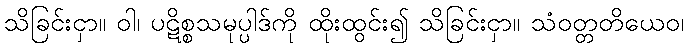
သိခြင်းငှာ။ ဝါ၊ ပဋိစ္စသမုပ္ပါဒ်ကို ထိုးထွင်း၍ သိခြင်းငှာ။ သံဝတ္တတိယေဝ၊